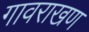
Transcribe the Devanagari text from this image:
गावराखण